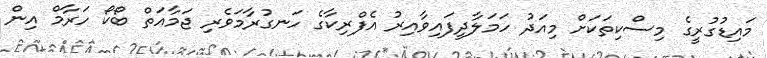
މައިޑުގުރީގެ މިސްކިތަކަށް މިއަދު ހަމަލާދީފައިވާއިރު އެފްރިކާގެ ހަނގުރާމަވެރި ޖަމާއަތް ބޯކޯ ހަރާމް އިން